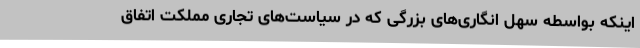
اینکه بواسطه سهل انگاری‌های بزرگی که در سیاست‌های تجاری مملکت اتفاق